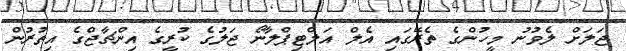
ޖަލަށް ލެވުނު މީހުންގެ ތެރޭގައި އެލް އަލްޓިޕްލާނޯ ޖަލުގެ ކުރީގެ އިންޗާޖްގެ އިތުރުން